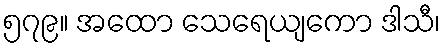
၅၇၉။ အထော သေရေယျကော ဒါသီ၊